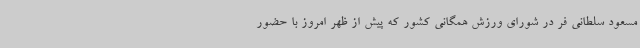
مسعود سلطانی فر در شورای ورزش همگانی کشور که پیش از ظهر امروز با حضور